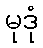
မုဒုံ